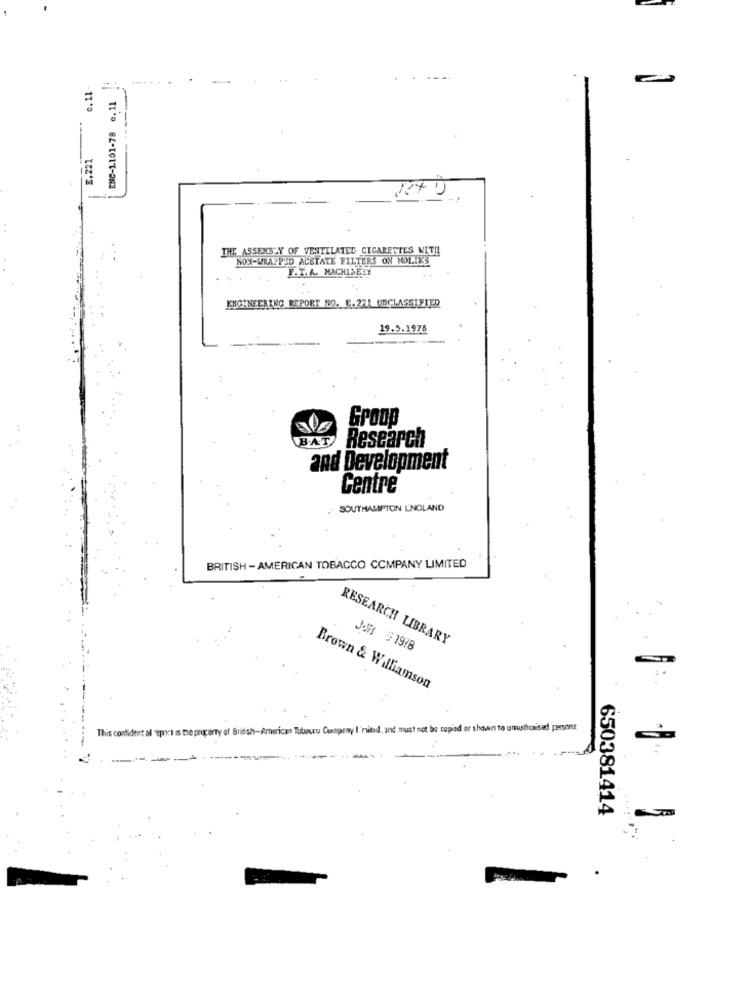
c. 11 -
ENC-1101-78 e.11
E.221
THE ASSEMBLY OF VENTILATED CIGARETTES WIT !!
NON-WRAPPED ACETATE FILTERS ON MOLINS
F.I.A. MACHINERY
ENGINEERING REPORT NO. E.221 UNCLASSIFIED
19.5.1978
GroDD
B.AT
Research
and Development
Centre
SOUTHAMPTON LNGLAND
BRITISH - AMERICAN TOBACCO COMPANY LIMITED
RESEARCH LIBRARY
JOR # 1978
Brown & Williamson
This confident al "eprocil is the property of British-American Tubouru Cumpeny I'nitudd, and must not be copied er shown to umulhouse persons
650381414